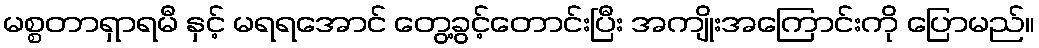
မစ္စတာရှာရမီ နှင့် မရရအောင် တွေ့ခွင့်တောင်းပြီး အကျိုးအကြောင်းကို ပြောမည်။